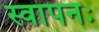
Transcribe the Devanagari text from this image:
स्वापनः